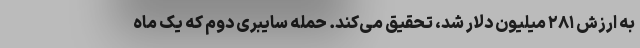
به ارزش ۲۸۱ میلیون دلار شد، تحقیق می‌کند. حمله سایبری دوم که یک ماه